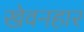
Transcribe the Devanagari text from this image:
खेवनहार